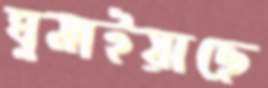
ঘুমাইয়াছে